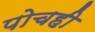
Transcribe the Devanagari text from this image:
पोचही